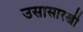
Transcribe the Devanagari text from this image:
उसासारखी